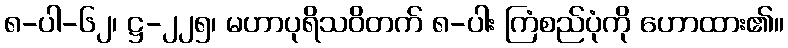
၈-ပါ-၆၂၊ ဋ္ဌ-၂၂၅၊ မဟာပုရိသဝိတက် ၈-ပါး ကြံစည်ပုံကို ဟောထား၏။